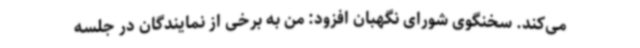
می‌کند. سخنگوی شورای نگهبان افزود: من به برخی از نمایندگان در جلسه